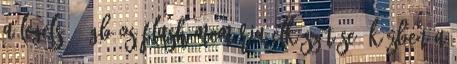
a legelső 1 GB-os flash memória elkészítése. Közben a